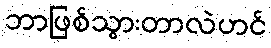
ဘာဖြစ်သွားတာလဲဟင်